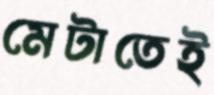
মেটাতেই